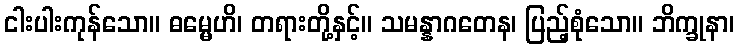
ငါးပါးကုန်သော။ ဓမ္မေဟိ၊ တရားတို့နှင့်။ သမန္နာဂတေန၊ ပြည့်စုံသော။ ဘိက္ခုနာ၊